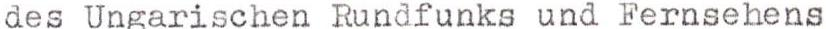
des Ungarischen Rundfunks und Fernsehens